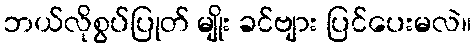
ဘယ်လိုစွပ်ပြုတ် မျိုး ခင်ဗျား ပြင်ပေးမလဲ။